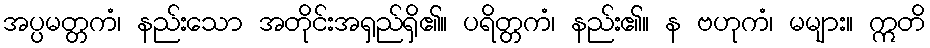
အပ္ပမတ္တကံ၊ နည်းသော အတိုင်းအရှည်ရှိ၏။ ပရိတ္တကံ၊ နည်း၏။ န ဗဟုကံ၊ မများ။ ဣတိ